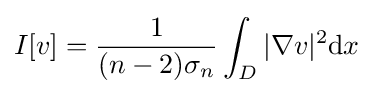
I[v]={\frac {1}{(n-2)\sigma _{n}}}\int _{D}|\nabla v|^{2}\mathrm {d} x